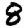
Digit: 8